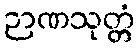
ဉာဏသုတ္တံ